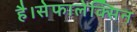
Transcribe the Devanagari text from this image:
है।सेफालेक्सिन